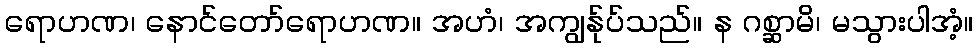
ရောဟဏ၊ နောင်တော်ရောဟဏ။ အဟံ၊ အကျွန်ုပ်သည်။ န ဂစ္ဆာမိ၊ မသွားပါအံ့။